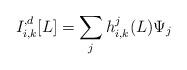
LaTeX: \begin{align*} I_{i, k}^{, d}[L] = \sum_j h^j_{i, k}(L) \Psi_j \end{align*}